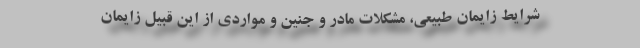
شرایط زایمان طبیعی، مشکلات مادر و جنین و مواردی از این قبیل زایمان